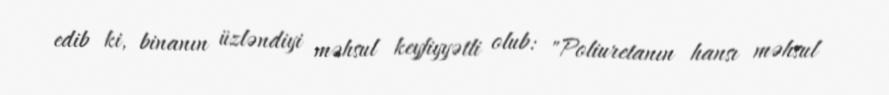
edib ki, binanın üzləndiyi məhsul keyfiyyətli olub: "Poliuretanın hansı məhsul